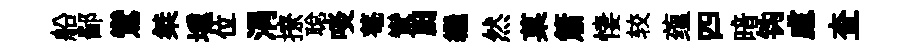
船鄙鸞桀壎位涓撩聪啖菴鸞劂繼然菓簫悽较蕴四暗钩慮查